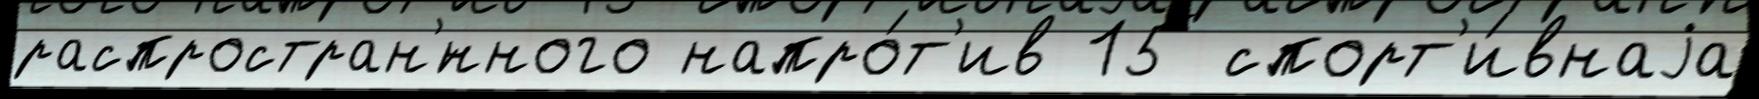
распростран'́нного напро́т'ив 15 спорт'и́внаjа